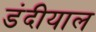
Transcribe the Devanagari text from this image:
डंदीयाल